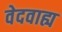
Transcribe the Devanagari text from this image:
वेदवाह्य